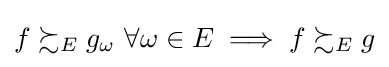
f\succsim _{E}g_{\omega }{\text{ }}\forall \omega \in E\implies f\succsim _{E}g